Indian journal of veterinary science and animal husbandry - Volume 9,
Year: 1939
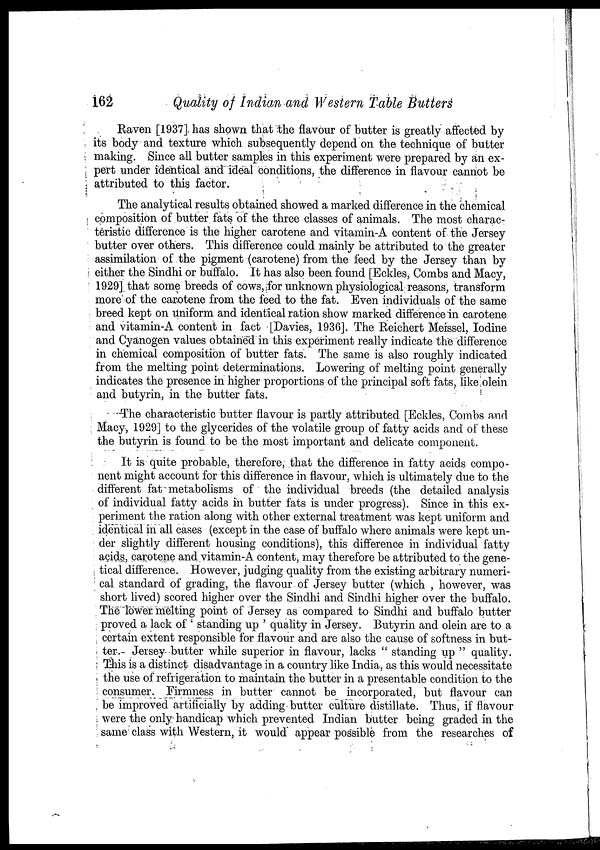
162
Quality of Indian and Western Table Butters
Raven [1937] has shown that the flavour of butter is greatly affected by
its body and texture which subsequently depend on the technique of butter
making. Since all butter samples in this experiment were prepared by an ex-
pert under identical and ideal conditions, the difference in flavour cannot be
attributed to this factor.
The analytical results obtained showed a marked difference in the chemical
composition of butter fats of the three classes of animals. The most charac-
teristic difference is the higher carotene and vitamin-A content of the Jersey
butter over others. This difference could mainly be attributed to the greater
assimilation of the pigment (carotene) from the feed by the Jersey than by
either the Sindhi or buffalo. It has also been found [Eckles, Combs and Macy,
1929] that some breeds of cows, for unknown physiological reasons, transform
more of the carotene from the feed to the fat. Even individuals of the same
breed kept on uniform and identical ration show marked difference in carotene
and vitamin-A content in fact [Davies, 1936]. The Reichert Meissel, Iodine
and Cyanogen values obtained in this experiment really indicate the difference
in chemical composition of butter fats. The same is also roughly indicated
from the melting point determinations. Lowering of melting point generally
indicates the presence in higher proportions of the principal soft fats, like olein
and butyrin, in the butter fats.
The characteristic butter flavour is partly attributed [Eckles, Combs and
Macy, 1929] to the glycerides of the volatile group of fatty acids and of these
the butyrin is found to be the most important and delicate component.
It is quite probable, therefore, that the difference in fatty acids compo-
nent might account for this difference in flavour, which is ultimately due to the
different fat metabolisms of the individual breeds (the detailed analysis
of individual fatty acids in butter fats is under progress). Since in this ex-
periment the ration along with other external treatment was kept uniform and
identical in all cases (except in the case of buffalo where animals were kept un-
der slightly different housing conditions), this difference in individual fatty
acids, carotene and vitamin-A content, may therefore be attributed to the gene-
tical difference. However, judging quality from the existing arbitrary numeri-
cal standard of grading, the flavour of Jersey butter (which , however, was
short lived) scored higher over the Sindhi and Sindhi higher over the buffalo.
The lower melting point of Jersey as compared to Sindhi and buffalo butter
proved a lack of ' standing up ' quality in Jersey. Butyrin and olein are to a
certain extent responsible for flavour and are also the cause of softness in but-
ter. Jersey butter while superior in flavour, lacks " standing up " quality.
This is a distinct disadvantage in a country like India, as this would necessitate
the use of refrigeration to maintain the butter in a presentable condition to the
consumer. Firmness in butter cannot be incorporated, but flavour can
be improved artificially by adding butter culture distillate. Thus, if flavour
were the only handicap which prevented Indian butter being graded in the
same class with Western, it would appear possible from the researches of